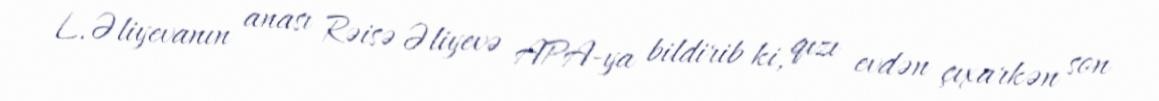
L.Əliyevanın anası Rəisə Əliyevə APA-ya bildirib ki, qızı evdən çıxarkən son